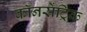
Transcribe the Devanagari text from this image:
कॉनसेंट्रिक